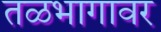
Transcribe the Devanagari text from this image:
तळभागावर